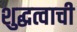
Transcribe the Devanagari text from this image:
शुद्धत्वाची